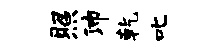
照沛乾叱